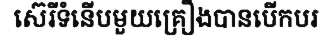
ស៊េរីទំនើបមួយគ្រឿងបានបើកបរ